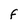
Character: F